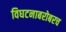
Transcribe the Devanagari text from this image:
विघटनाबरोबरच